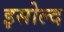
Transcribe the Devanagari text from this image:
इसोल्द